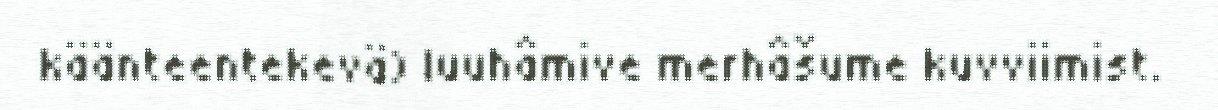
käänteentekevä) luuhâmive merhâšume kuvviimist.